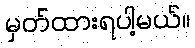
မှတ်ထားရပါ့မယ်။